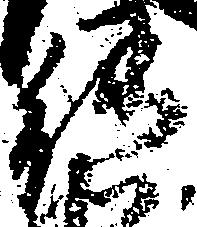
能